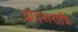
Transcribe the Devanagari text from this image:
द्वादशरात्रि